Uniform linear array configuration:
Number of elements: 4
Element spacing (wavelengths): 0.25
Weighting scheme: cosine
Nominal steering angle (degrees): -15
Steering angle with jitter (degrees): -16.665
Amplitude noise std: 0.05
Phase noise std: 0.05

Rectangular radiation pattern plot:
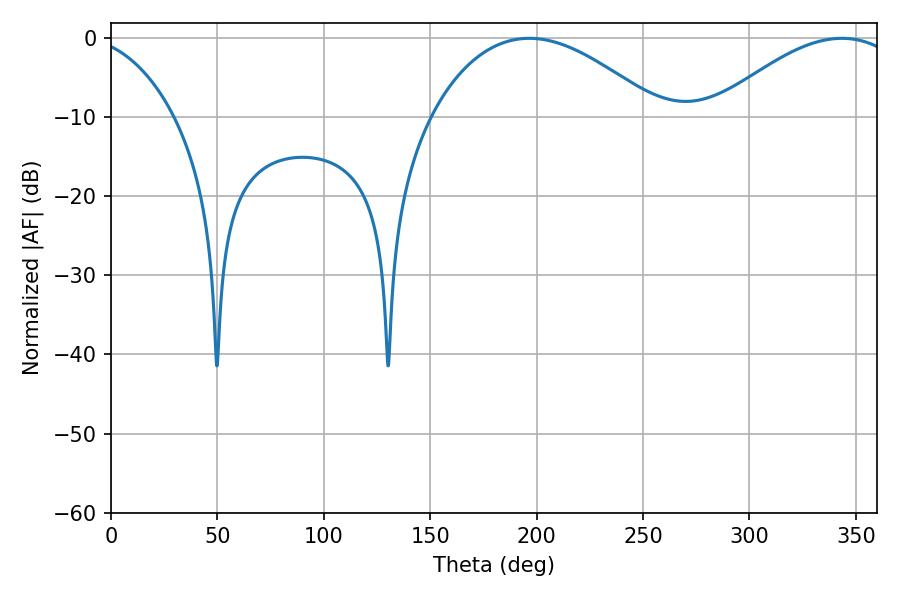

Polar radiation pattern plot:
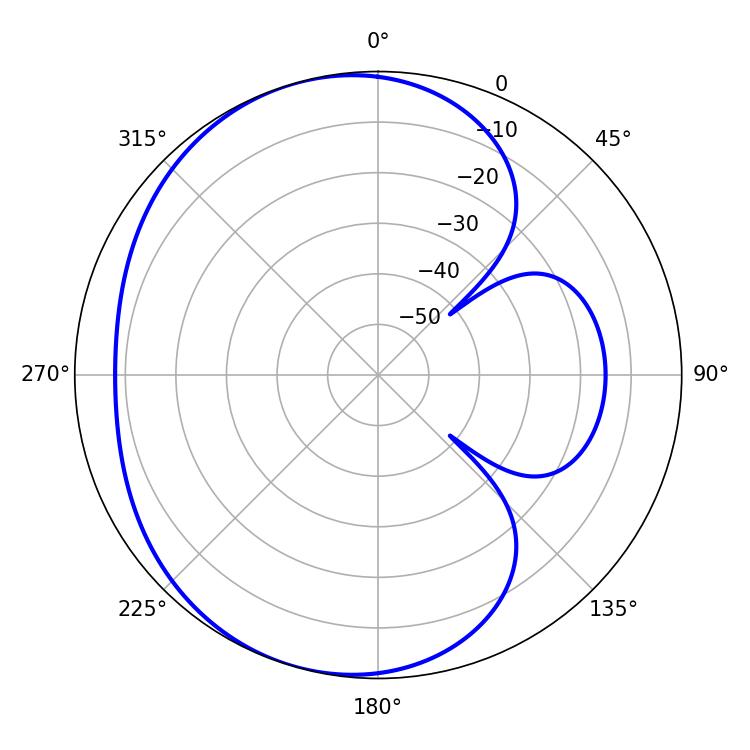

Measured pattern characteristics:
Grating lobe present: FALSE
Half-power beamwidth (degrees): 59.4
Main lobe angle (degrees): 196.56